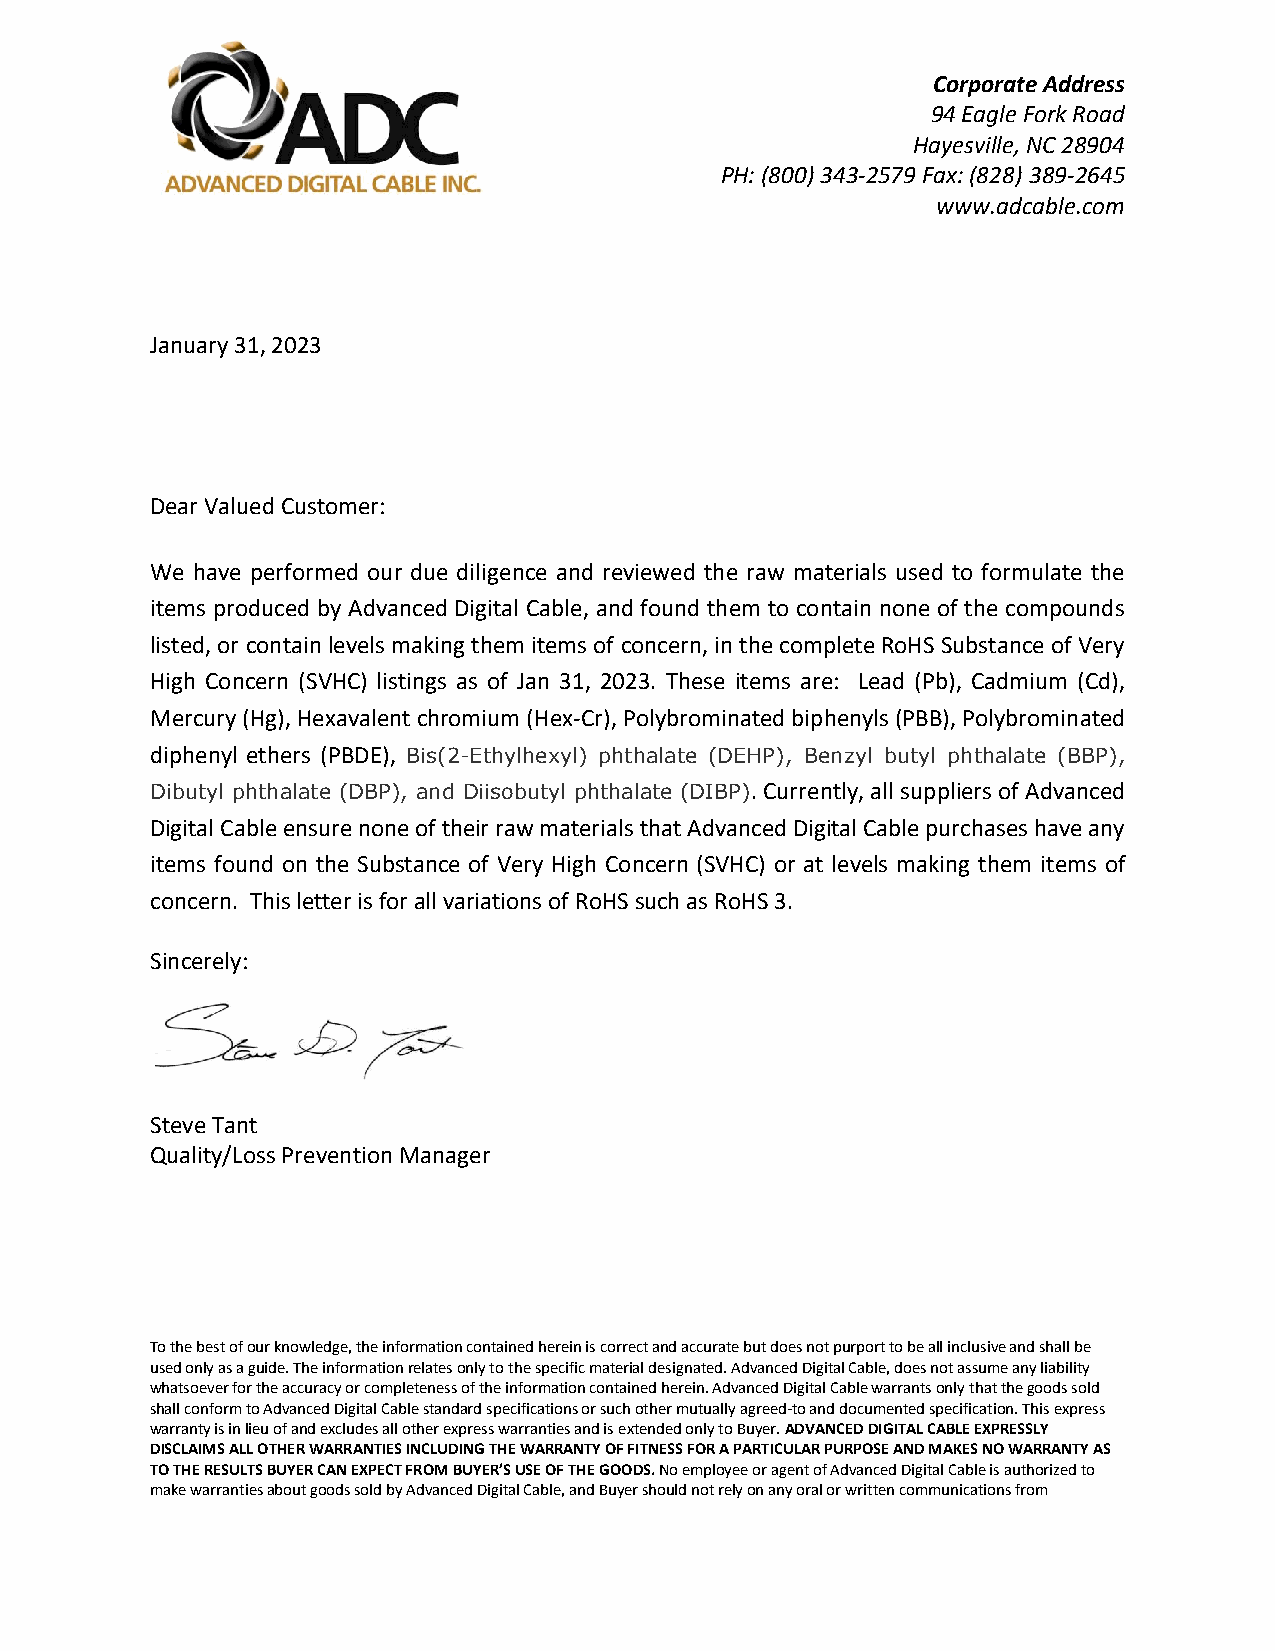
Corporate Address
 94 Eagle Fork Road
 Hayesville, NC 28904
 PH: (800) 343-2579 Fax: (828) 389-2645
 www.adcable.com
 January 31, 2023
 Dear Valued Customer:
 We have performed our due diligence and reviewed the raw materials used to formulate the
 items produced by Advanced Digital Cable, and found them to contain none of the compounds
 listed, or contain levels making them items of concern, in the complete RoHS Substance of Very
 High Concern (SVHC) listings as of Jan 31, 2023. These items are: Lead (Pb), Cadmium (Cd),
 Mercury (Hg), Hexavalent chromium (Hex-Cr), Polybrominated biphenyls (PBB), Polybrominated
 diphenyl ethers (PBDE), Bis(2-Ethylhexyl) phthalate (DEHP), Benzyl butyl phthalate (BBP),
 Dibutyl phthalate (DBP), and Diisobutyl phthalate (DIBP). Currently, all suppliers of Advanced
 Digital Cable ensure none of their raw materials that Advanced Digital Cable purchases have any
 items found on the Substance of Very High Concern (SVHC) or at levels making them items of
 concern. This letter is for all variations of RoHS such as RoHS 3.
 Sincerely:
 Steve Tant
 Quality/Loss Prevention Manager
 To the best of our knowledge, the information contained herein is correct and accurate but does not purport to be all inclusive and shall be
 used only as a guide. The information relates only to the specific material designated. Advanced Digital Cable, does not assume any liability
 whatsoever for the accuracy or completeness of the information contained herein. Advanced Digital Cable warrants only that the goods sold
 shall conform to Advanced Digital Cable standard specifications or such other mutually agreed-to and documented specification. This express
 warranty is in lieu of and excludes all other express warranties and is extended only to Buyer. ADVANCED DIGITAL CABLE EXPRESSLY
 DISCLAIMS ALL OTHER WARRANTIES INCLUDING THE WARRANTY OF FITNESS FOR A PARTICULAR PURPOSE AND MAKES NO WARRANTY AS
 TO THE RESULTS BUYER CAN EXPECT FROM BUYER’S USE OF THE GOODS. No employee or agent of Advanced Digital Cable is authorized to
 make warranties about goods sold by Advanced Digital Cable, and Buyer should not rely on any oral or written communications from